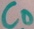
Text: CD